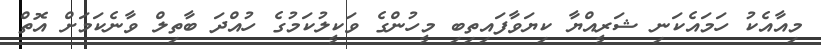
މިއާއެކު ހަމައެކަނި ޝަރީއްޔާ ކިޔަވާފައިތިބި މީހުންގެ ވަކީލުކަމުގެ ހުއްދަ ބާތިލް ވާނެކަމަށް އޮތް